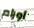
أورام